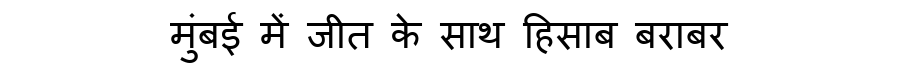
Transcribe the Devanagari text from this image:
मुंबई में जीत के साथ हिसाब बराबर